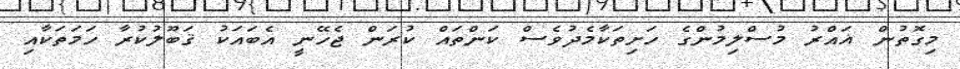
މިގޮތުން ޣައްރު މުސްލިމުންގެ ހަށިތަކާމެދުވެސް ކަންތައް ކުރަން ޖެހޭނީ އެބައަކު ޤަބޫލުކުރާ ހަމަތަކާއި